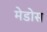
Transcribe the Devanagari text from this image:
मेडोस